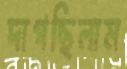
দাগছিলাম